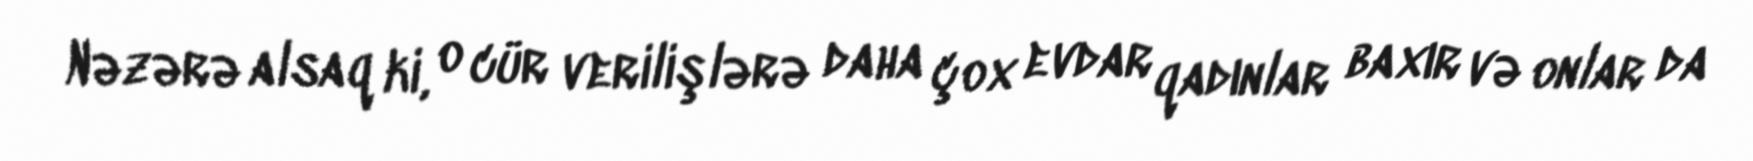
Nəzərə alsaq ki, o cür verilişlərə daha çox evdar qadınlar baxır və onlar da